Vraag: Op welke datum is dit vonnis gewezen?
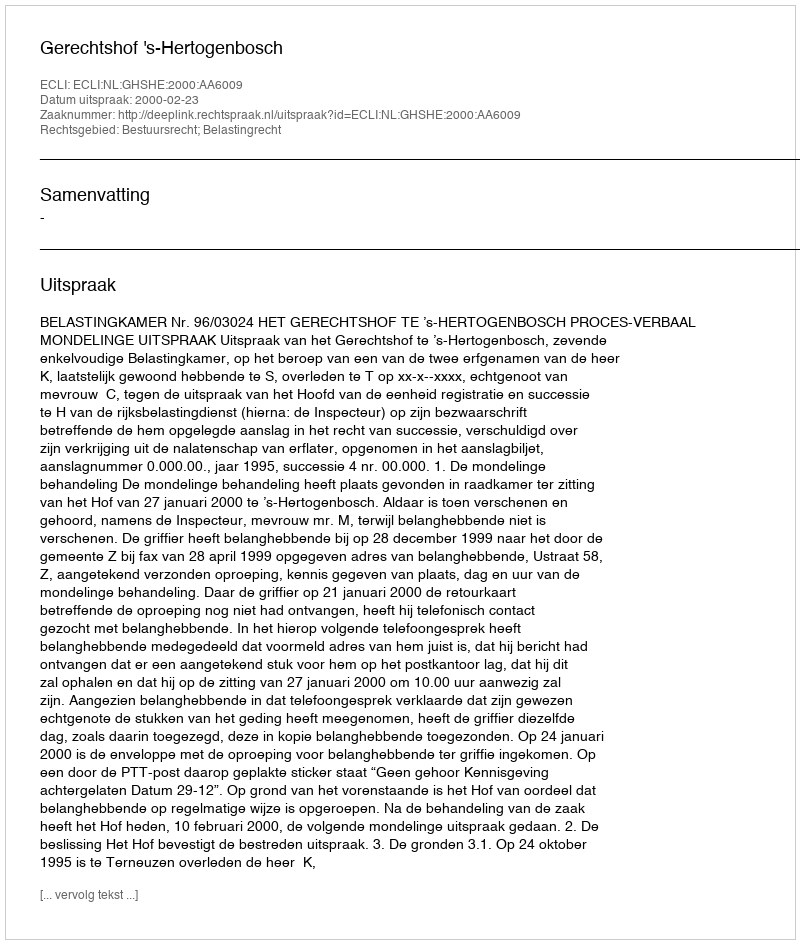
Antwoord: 2000-02-23